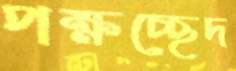
পক্ষচ্ছেদ